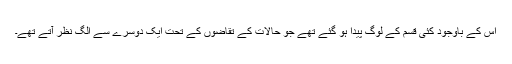
اس کے باوجود کئی قسم کے لوگ پیدا ہو گئے تھے جو حالات کے تقاضوں کے تحت ایک دوسرے سے الگ نظر آتے تھے۔